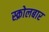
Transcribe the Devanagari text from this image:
स्क्रोलबार